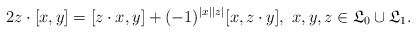
\begin{align*}2z\cdot [x,y]=[z\cdot x,y]+ (-1)^{|x||z|}[x,z\cdot y], \ x,y,z \in {\mathfrak L}_0 \cup {\mathfrak L}_1.\end{align*}